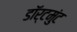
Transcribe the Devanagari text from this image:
डॉर्टमुंट